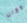
وكان